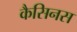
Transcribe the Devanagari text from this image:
कैसिनस